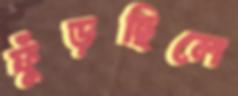
ফুঁড়ছিলে